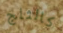
كالثلج